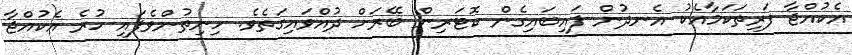
އެކުއްޖާ ފަރިތަކަމާއެކު އެނދުން ފައިބައިގެން ކޮޓަރިން ބޭރަށް ދުއްވައިގަތެވެ. ހިނިތުންވެފައި ހުރެ އެކުއްޖާ